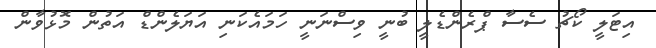
އިޓަލީ ކޯޗު ސެސާ ޕްރެންޑެލީ ބުނީ ވިސްނަނީ ހަމައެކަނި އަޔަލެންޑް އަތުން މޮޅުވާން